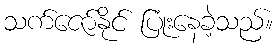
သက်ဇော်နိုင် ပြုံးနေခဲ့သည်။